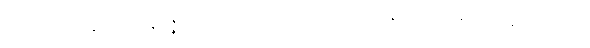
ဒုဿီလျဝိဒ္ဓံသနတာ, အနဝဇ္ဇဂုဏော တထာ၊ ကိစ္စသမ္ပတ္တိအတ္ထေန, ရသော နာမ ပဝုစ္စတိ။ တသ္မာ